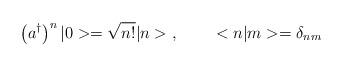
LaTeX: \begin{align*}\left( a^\dagger \right)^n |0>=\sqrt{n!}|n>\; , \;\;\;\;\;\;\;\;<n|m>=\delta_{nm}\end{align*}